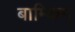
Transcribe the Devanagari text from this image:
बाम्किन्